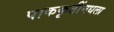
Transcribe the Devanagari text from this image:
पाककृतींमधला